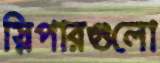
স্লিপারগুলো